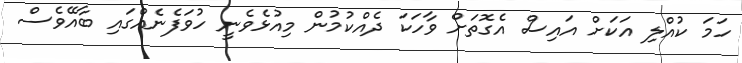
ހަމަ ކުއްލި އަކަށް އައިސް އެގޮތަށް ވާހަކަ ދެއްކުމުން މިއުޅެވެނީ ހުވަފެނެއްގައި ބާއޭވެސް